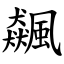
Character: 飆